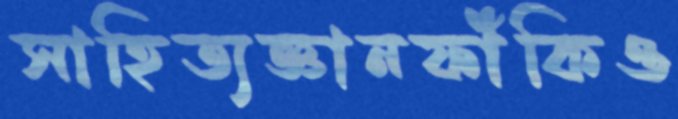
সাহিত্যজ্ঞানফাঁকিও